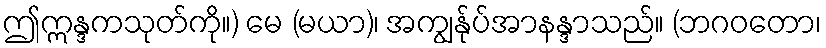
ဤဣန္ဒကသုတ်ကို။) မေ (မယာ)၊ အကျွန်ုပ်အာနန္ဒာသည်။ (ဘဂဝတော၊